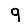
Digit: 9